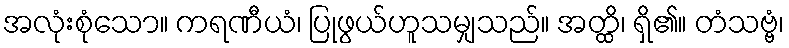
အလုံးစုံသော။ ကရဏီယံ၊ ပြုဖွယ်ဟူသမျှသည်။ အတ္ထိ၊ ရှိ၏။ တံသဗ္ဗံ၊